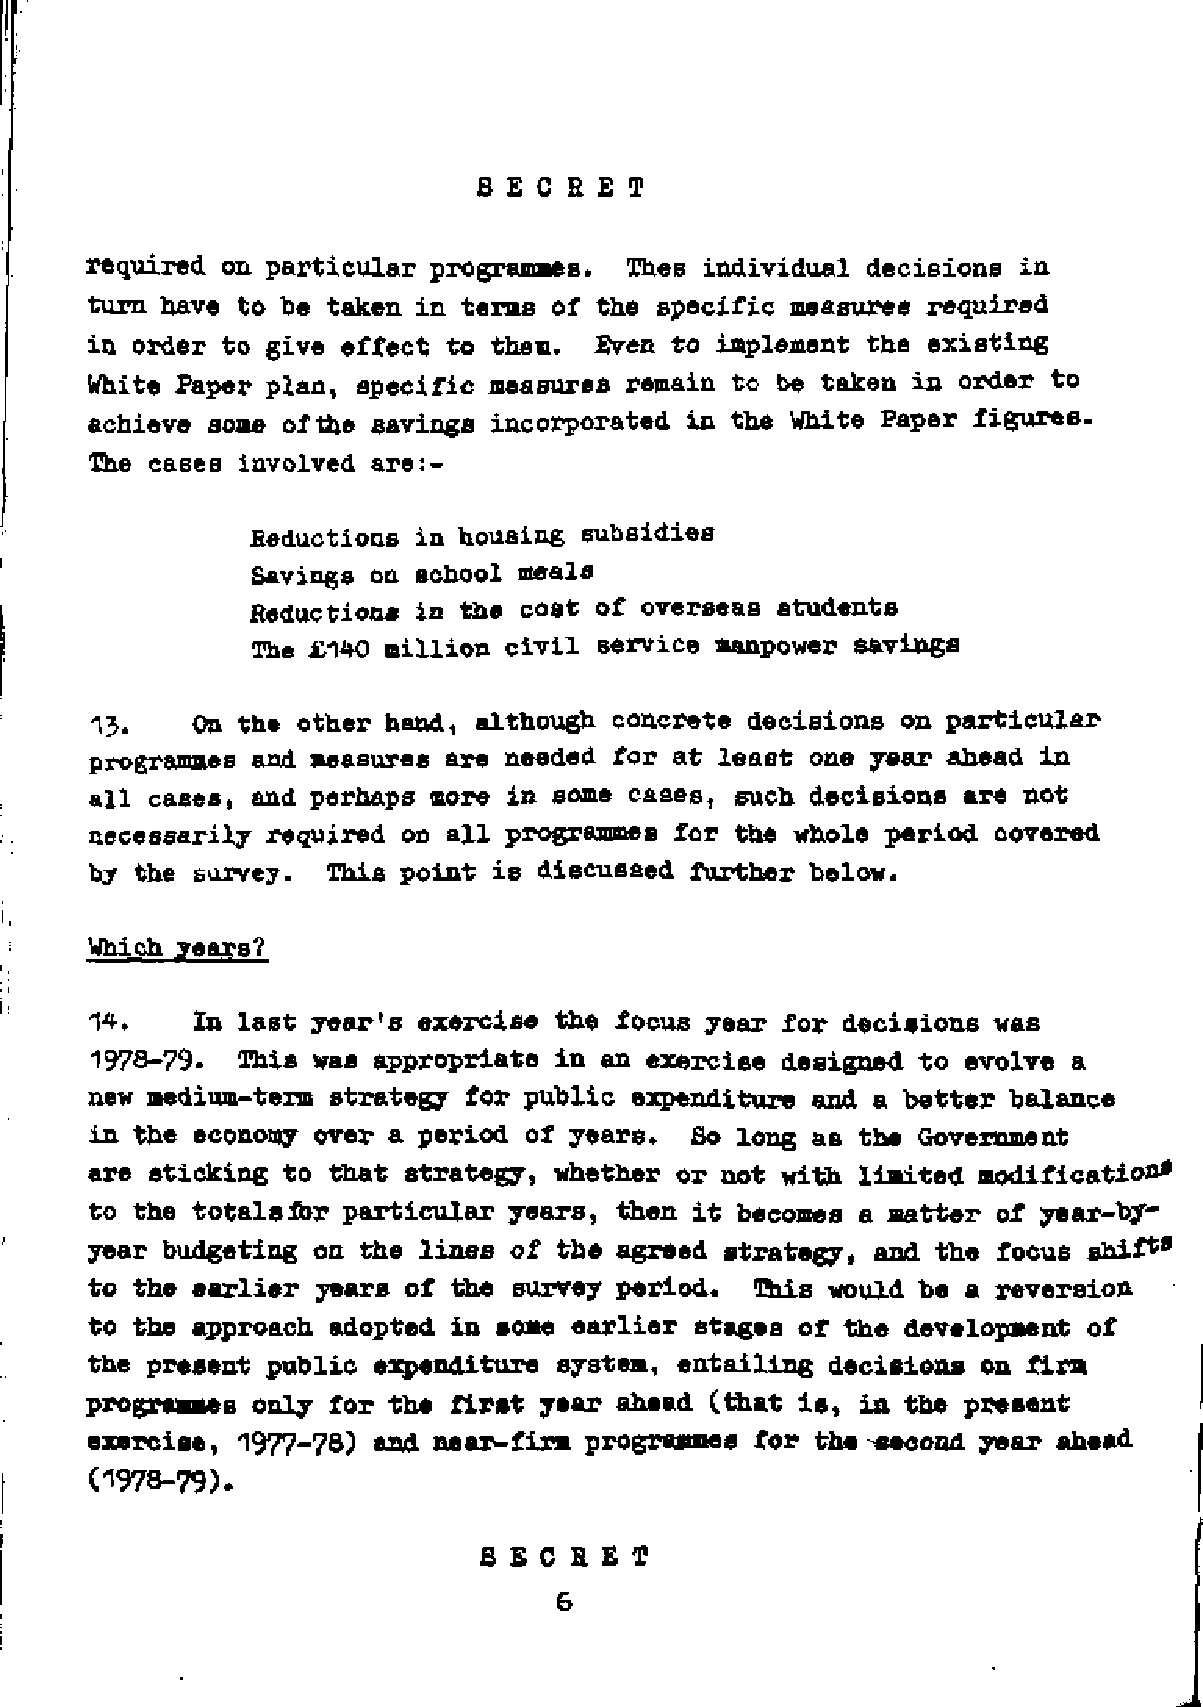
required on particular programmes. Thes individual decisions in
 turn nave to be taken in terms of the specific measures required
 in order to give effect to them. Even to implement the existing
 White Paper plan, specific measures remain to be taken in order to
 achieve some of the savings incorporated in the White Paper figures.
 The cases involved are:-
 Reductious in housing subsidies
 Savings on school meals
 Reductions in the cost of overseas students
 The £140 million civil service manpower savings
 13.    On the other hand, although concrete decisions on particular
 programmes and measures are needed for at least one year ahead in
 all cases, and perhaps more in some cases, such decisions are not
 necessarily required on all programmes for the whole period covered
 by the survey.  This point is discussed further below.
 Which years?
 14.    In last year*s exercise the focus year for decisions was
 1973-79-  This was appropriate in an exercise designed to evolve a
 new medium-term strategy for public expenditure and a better balance
 in the economy over a period of years.  So long as the Government
 are sticking to that strategy, whether or not with limited modification0
 to the totals for particular years, then it becomes a matter of year-by­
 year budgeting on the lines of the agreed strategy, and the focus shift 0
 to the earlier years of the survey period.  This would be a reversion
 to the approach adopted in some earlier stages of the development of
 the present public expenditure system, entailing decisions on firm
 programmes only for the first year ahead (that is, in the present
 exercise, 1977-78) and near-firm programmes for the-second year ahead
 (1978-79).